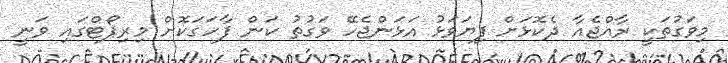
މިވަގުތަކީ ރާއްޖެއާ ދެކޮޅަށް ފިޔަވަޅު އަޅަންޖެހޭ ވަގުތު ކަން ފާހަގަކޮށް މިރިޕޯޓްގައި ވަނީ